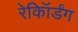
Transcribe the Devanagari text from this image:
रेकॉिर्डंग